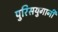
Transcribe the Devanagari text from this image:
पुरिसयुगानी